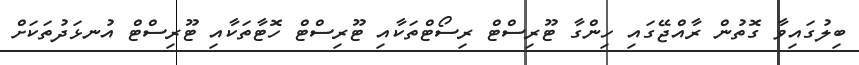
ބިލުގައިވާ ގޮތުން ރާއްޖޭގައި ހިންގާ ޓޫރިސްޓް ރިސޯޓްތަކާއި ޓޫރިސްޓް ހޮޓާތަކާއި ޓޫރިސްޓް އުނޅަދުތަކަށް